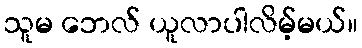
သူမ ဘေလ် ယူလာပါလိမ့်မယ်။